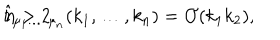
LaTeX: \hat { t } _ { \mu _ { 1 } \ldots \; \mu _ { n } } ( k _ { 1 } , \ldots , k _ { n } ) = { \cal O } ( k _ { 1 } k _ { 2 } ) , \hspace { 1 . 2 c m } n > 2 .